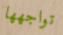
تواجهها